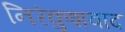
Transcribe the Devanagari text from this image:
निरंकुशवाद